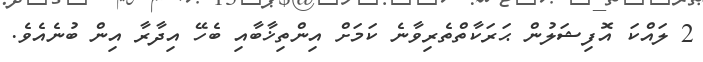
2 ލައްކަ އޮފިޝަލުން ޙަރަކާތްތެރިވާނެ ކަމަށް އިންތިޚާބާއި ބެހޭ އިދާރާ އިން ބުނެއެވެ.